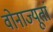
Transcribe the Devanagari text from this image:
वोनाज्यूतां